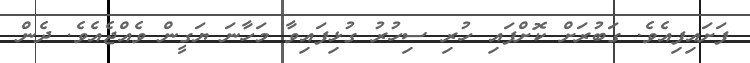
ފަށައިފިއެވެ. ގަބުރަށް ކޮށްފައި ހުރި ސިހުރު ގުޅިފައިވާ މަހާނަ ޔަގީން ވެއްޖެއެވެ. ދެން